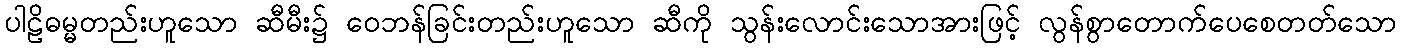
ပါဠိဓမ္မတည်းဟူသော ဆီမီး၌ ဝေဘန်ခြင်းတည်းဟူသော ဆီကို သွန်းလောင်းသောအားဖြင့် လွန်စွာတောက်ပေစေတတ်သော